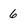
Character: 6